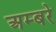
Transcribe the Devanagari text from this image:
अम्बरे